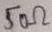
Text: 50Ω